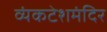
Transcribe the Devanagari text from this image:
व्यंकटेशमंदिर